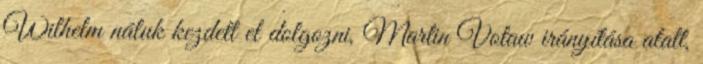
Wilhelm náluk kezdett el dolgozni, Martin Votaw irányítása alatt,